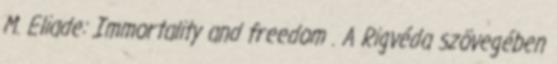
M. Eliade: Immortality and freedom . A Rigvéda szövegében